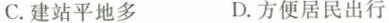
C.建站平地多 D.方便居民出行